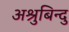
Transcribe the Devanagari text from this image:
अश्रुबिन्दु